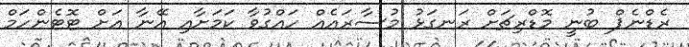
ރެޑްނެޕް ބުނީ މޮޑްރިޗަށް ރަނގަޅު މުސާރައެއް ހައްގުވާ ކަމަށާއި އޭނާ އަށް ޓޮޓެންހަމް